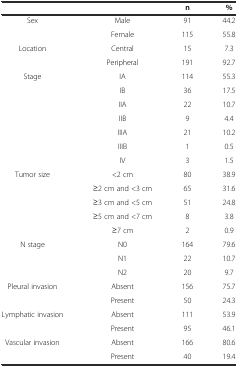
| <COLSPAN=2>  | n | % |
 | --- | --- | --- | --- |
 | <ROWSPAN=2> Sex | Male | 91 | 44.2 |
 | Female | 115 | 55.8 |
 | <ROWSPAN=2> Location | Central | 15 | 7.3 |
 | Peripheral | 191 | 92.7 |
 | <ROWSPAN=7> Stage | IA | 114 | 55.3 |
 | IB | 36 | 17.5 |
 | IIA | 22 | 10.7 |
 | IIB | 9 | 4.4 |
 | IIIA | 21 | 10.2 |
 | IIIB | 1 | 0.5 |
 | IV | 3 | 1.5 |
 | <ROWSPAN=5> Tumor size | <2 cm | 80 | 38.9 |
 | ≥2 cm and <3 cm | 65 | 31.6 |
 | ≥3 cm and <5 cm | 51 | 24.8 |
 | ≥5 cm and <7 cm | 8 | 3.8 |
 | ≥7 cm | 2 | 0.9 |
 | <ROWSPAN=3> N stage | N0 | 164 | 79.6 |
 | N1 | 22 | 10.7 |
 | N2 | 20 | 9.7 |
 | <ROWSPAN=2> Pleural invasion | Absent | 156 | 75.7 |
 | Present | 50 | 24.3 |
 | <ROWSPAN=2> Lymphatic invasion | Absent | 111 | 53.9 |
 | Present | 95 | 46.1 |
 | <ROWSPAN=2> Vascular invasion | Absent | 166 | 80.6 |
 | Present | 40 | 19.4 |